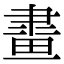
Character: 𤲯